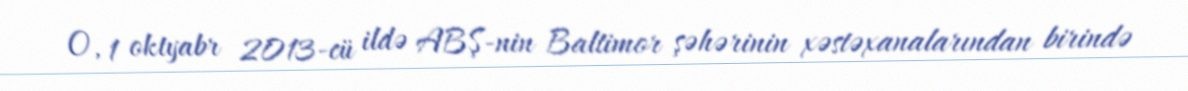
O, 1 oktyabr 2013-cü ildə ABŞ-nin Baltimor şəhərinin xəstəxanalarından birində